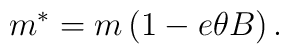
m^*=m\left(1-e\theta B\right).